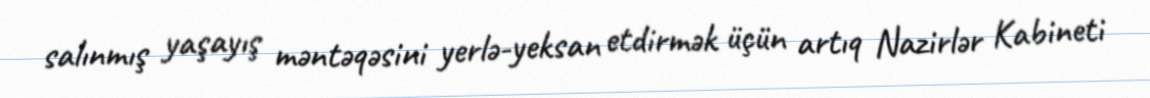
salınmış yaşayış məntəqəsini yerlə-yeksan etdirmək üçün artıq Nazirlər Kabineti